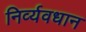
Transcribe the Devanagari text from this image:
निर्व्यवधान